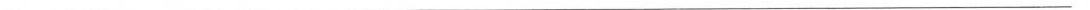
___